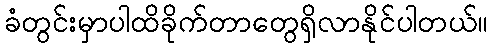
ခံတွင်းမှာပါထိခိုက်တာတွေရှိလာနိုင်ပါတယ်။